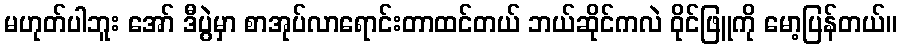
မဟုတ်ပါဘူး အော် ဒီပွဲမှာ စာအုပ်လာရောင်းတာထင်တယ် ဘယ်ဆိုင်ကလဲ ဝိုင်ဖြူကို မော့ပြန်တယ်။